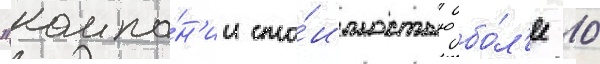
"компа́н'ии сто́имостью бо́л'ее 10